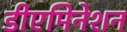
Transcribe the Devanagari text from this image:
डीएमिनेशन